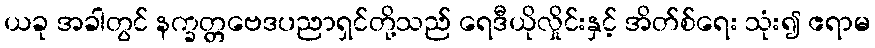
ယခု အခါတွင် နက္ခတ္တဗေဒပညာရှင်တို့သည် ရေဒီယိုလှိုင်းနှင့် အိတ်စ်ရေး သုံး၍ ဧရာမ